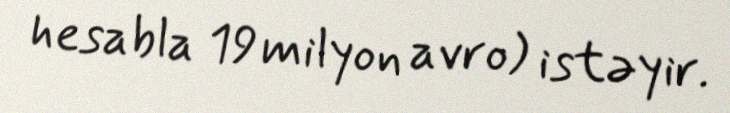
hesabla 19 milyon avro) istəyir.